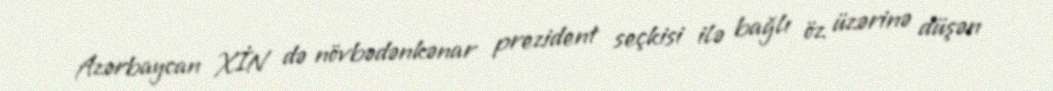
Azərbaycan XİN də növbədənkənar prezident seçkisi ilə bağlı öz üzərinə düşən